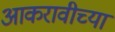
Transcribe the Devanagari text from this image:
आकरावीच्या